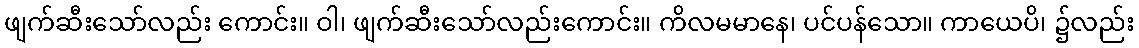
ဖျက်ဆီးသော်လည်း ကောင်း။ ဝါ၊ ဖျက်ဆီးသော်လည်းကောင်း။ ကိလမမာနေ၊ ပင်ပန်သော။ ကာယေပိ၊ ၌လည်း